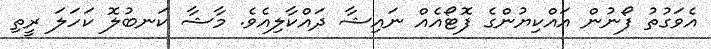
އެވަގުތު ފޯނުން އައްކިޔުންގެ ފޮޓޯއެއް ނައިޝާ ދައްކާލިއެވެ. މާޝާ ކަނބުލޮ ކަހަލަ ރީތި